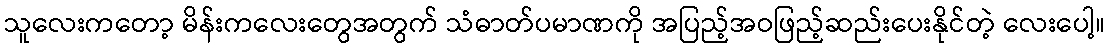
သူလေးကတော့ မိန်းကလေးတွေအတွက် သံဓာတ်ပမာဏကို အပြည့်အဝဖြည့်ဆည်းပေးနိုင်တဲ့ လေးပေါ့။